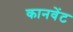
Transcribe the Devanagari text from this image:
कानवेंट